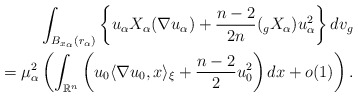
\begin{align*} \int_{B_{x_\alpha}(r_\alpha)} \left\{u_\alpha X_\alpha(\nabla u_\alpha) +\frac{n-2}{2n}(_g X_\alpha) u_\alpha^2\right\} dv_g\\ ~~= \mu_\alpha^{2}\left(\int_{\mathbb{R}^n} \left(u_0 \langle \nabla u_0,x\rangle_{\xi}+\frac{n-2}{2}u_0^2 \right) dx+o(1) \right). \end{align*}